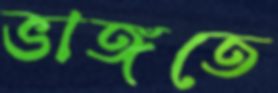
ভাঙ্গতে